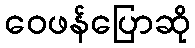
ဝေဖန်ပြောဆို